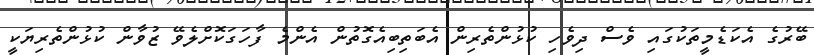
ބޭރުގެ އެކަޑެމީތަކުގައި ވެސް ދިވެހި ކުޅުންތެރިން އެބަތިބިއެގޮތުން އެންމެ ފާހަގަކޮށްލެވޭ ޒުވާން ކުޅުންތެރިޔަކީ